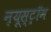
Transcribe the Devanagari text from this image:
न्यूस्ट्रॉम